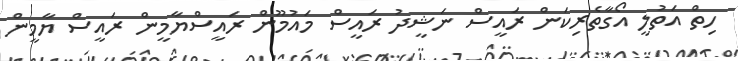
ހިތް އަތުލީ އޯގާތެރިކަން ރައީސް ނަޝީދު ރައީސް މައުމޫން ރައީސްޔާމީން ރައީސް ޔާމީން